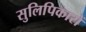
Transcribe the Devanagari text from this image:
सुलिपिकारों